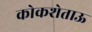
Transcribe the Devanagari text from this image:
कोकशेताऊ